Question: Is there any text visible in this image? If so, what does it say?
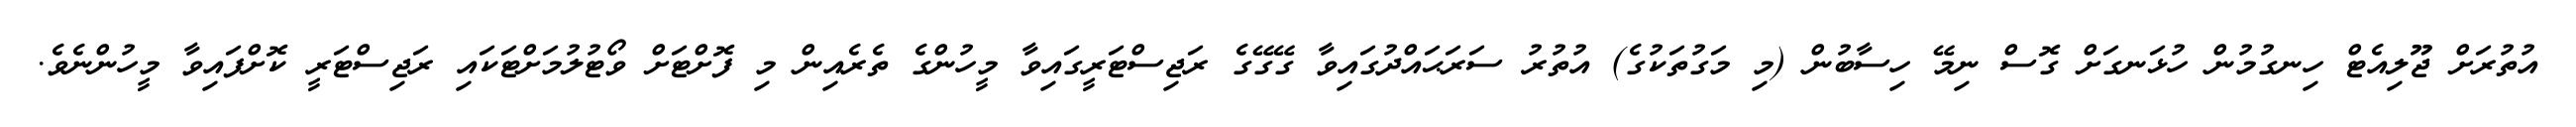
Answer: އުތުރަށް ޖޫލިއެޓް ހިނގުމުން ހުޅަނގަށް ގޮސް ނިމޭ ހިސާބުން (މި މަގުތަކުގެ) އުތުރު ސަރަޙައްދުގައިވާ ގޭގޭގެ ރަޖިސްޓަރީގައިވާ މީހުންގެ ތެރެއިން މި ފޮށްޓަށް ވޯޓުލުމަށްޓަކައި ރަޖިސްޓަރީ ކޮށްފައިވާ މީހުންނެވެ.